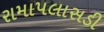
રામાપલાસડી